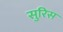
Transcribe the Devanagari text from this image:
सुरिस